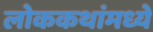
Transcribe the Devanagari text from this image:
लोककथांमध्ये